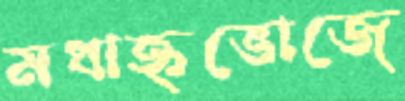
মধাহ্নভোজে